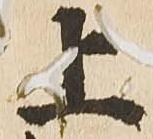
上